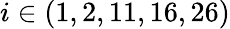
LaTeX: i\in(1,2,11,16,26)